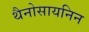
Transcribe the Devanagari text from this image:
थैनोसायनिन